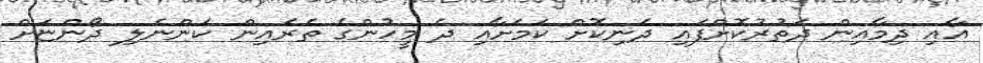
އާއި ދިމާއިން ދަތުރުކޮށްފައި ދަނިކޮށް ކަމަށާއި ދެ މީހުންގެ ތެރެއިން ކަންނެލި ދޯންޏަށް